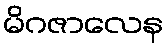
မိဂဇာလေန